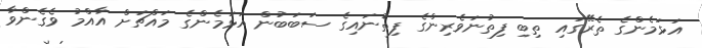
އަޅަމެންގެ ތެރޭގައި ތިބި ފިތުނަވެރިންގެ ފިތުނައިގެ ސަބަބުން އަޅަމެންގެ މައްޗަށް އާއްމު ވެގެންވާ